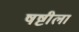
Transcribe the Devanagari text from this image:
षष्टीला